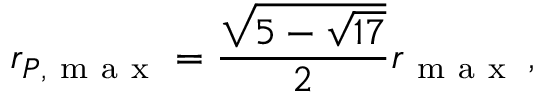
r _ { P , \mathrm { ~ m ~ a ~ x ~ } } = \frac { \sqrt { 5 - \sqrt { 1 7 } } } { 2 } r _ { \mathrm { ~ m ~ a ~ x ~ } } \, ,